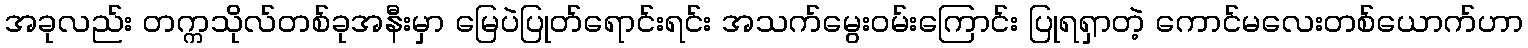
အခုလည်း တက္ကသိုလ်တစ်ခုအနီးမှာ မြေပဲပြုတ်ရောင်းရင်း အသက်မွေးဝမ်းကြောင်း ပြုရရှာတဲ့ ကောင်မလေးတစ်ယောက်ဟာ